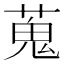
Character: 蒐